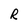
Character: R